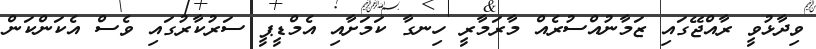
ވިދާޅުވީ ރާއްޖޭގައި ޒަމާނުއްސުރެއް މާރަމާރީ ހިނގާ ކަމަށާއި އެމްޑީޕީ ސަރުކާރުގައި ވެސް އެކަންކަން